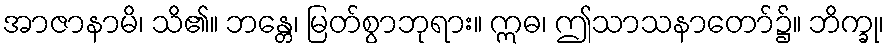
အာဇာနာမိ၊ သိ၏။ ဘန္တေ၊ မြတ်စွာဘုရား။ ဣဓ၊ ဤသာသနာတော်၌။ ဘိက္ခု၊